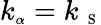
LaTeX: k_{\scriptsize\alpha}=k_{\mathrm{~\scriptsize~S~}}